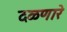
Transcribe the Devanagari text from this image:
दळणारे